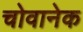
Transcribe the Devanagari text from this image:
चोवानेक